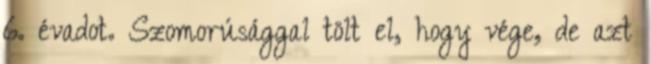
6. évadot. Szomorúsággal tölt el, hogy vége, de azt